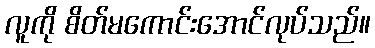
လူကို စိတ်မကောင်းအောင်လုပ်သည်။